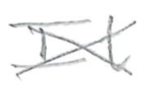
Text: It
Cross-out: cross
Writing tool: pencil